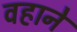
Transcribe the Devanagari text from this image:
वहाने